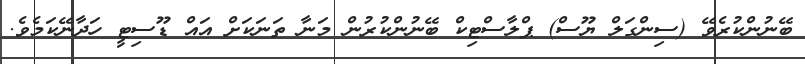
ބޭނުންކުރެވޭ (ސިންގަލް ޔޫސް) ޕްލާސްޓިކް ބޭނުންކުރުން މަނާ ތަނަކަށް އައް ޑޫސިޓީ ހަދާނޭކަމެވެ.